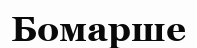
Бомарше